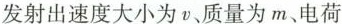
发射出速度大小为v、质量为m、电荷